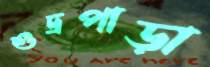
শুদ্রপাড়া